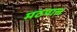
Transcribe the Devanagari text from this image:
मठपाल